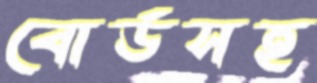
বোর্ডসহ